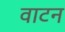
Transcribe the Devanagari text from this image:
वाटन